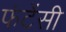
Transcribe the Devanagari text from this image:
फंटेंसी